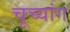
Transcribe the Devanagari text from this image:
चूच्यांग